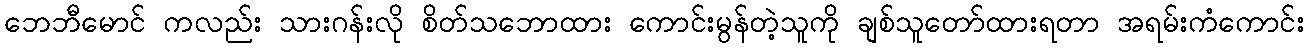
ဘေဘီမောင် ကလည်း သားဂန်းလို စိတ်သဘောထား ကောင်းမွန်တဲ့သူကို ချစ်သူတော်ထားရတာ အရမ်းကံကောင်း